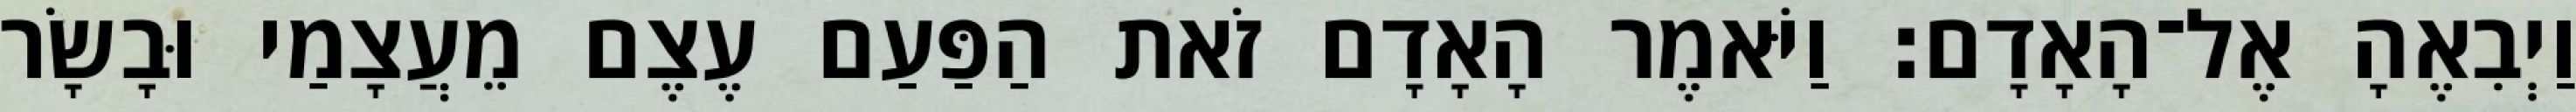
וַיְבִאֶהָ אֶל־הָאָדָם׃ וַיֹּאמֶר הָאָדָם זֹאת הַפַּעַם עֶצֶם מֵעֲצָמַי וּבָשָׂר